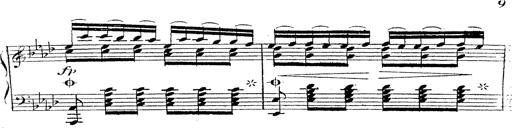
Title: 12 Lieder von Franz Schubert
Composer: Franz Liszt